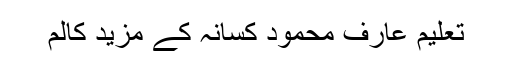
تعلیم عارف محمود کسانہ کے مزید کالم